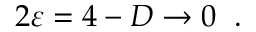
2 \varepsilon = 4 - D \to 0 \; \; .